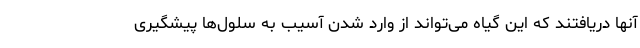
آنها دریافتند که این گیاه می‌تواند از وارد شدن آسیب به سلول‌ها پیشگیری